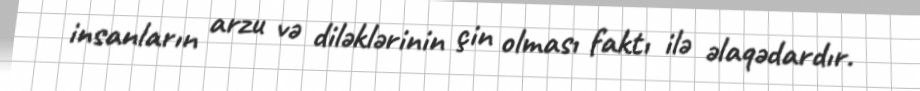
insanların arzu və diləklərinin çin olması faktı ilə əlaqədardır.